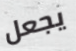
يجعل